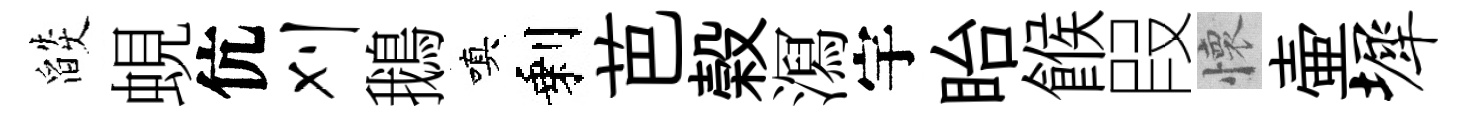
燄蜆伉刈鵝嗔剩芭榖㵼宇眙餱叚懷壷墀